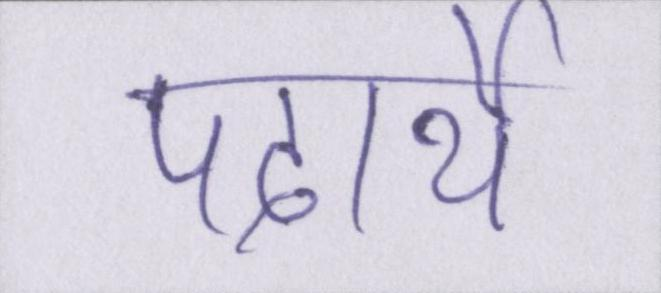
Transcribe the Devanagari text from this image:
पदार्थे